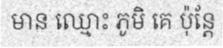
មាន ឈ្មោះ ភូមិ គេ ប៉ុន្តែ